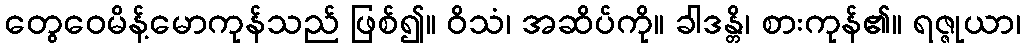
တွေဝေမိန့်မောကုန်သည် ဖြစ်၍။ ဝိသံ၊ အဆိပ်ကို။ ခါဒန္တိ၊ စားကုန်၏။ ရဇ္ဇုယာ၊